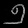
Digit: ၅